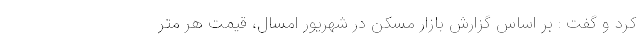
کرد و گفت : بر اساس گزارش بازار مسکن در شهریور امسال، قیمت هر متر